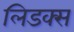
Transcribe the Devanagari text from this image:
लिडक्स